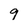
Character: 9